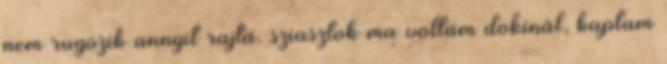
nem rugozik annyit rajta. sziasztok ma voltam dokinál, kaptam